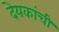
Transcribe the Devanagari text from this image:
देयकांची